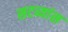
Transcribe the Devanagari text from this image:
सटव्यांस